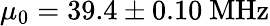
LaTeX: \mu_{0}=39.4\pm 0.10~\mathrm{MHz}